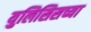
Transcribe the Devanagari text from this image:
युलिसिसच्या